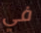
في